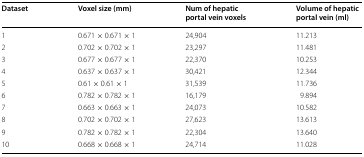
<table><thead><tr><td><b>Dataset</b></td><td><b>Voxel size (mm)</b></td><td><b>Num of hepatic portal vein voxels</b></td><td><b>Volume of hepatic portal vein (ml)</b></td></tr></thead><tbody><tr><td>1</td><td>0.671 × 0.671 × 1</td><td>24,904</td><td>11.213</td></tr><tr><td>2</td><td>0.702 × 0.702 × 1</td><td>23,297</td><td>11.481</td></tr><tr><td>3</td><td>0.677 × 0.677 × 1</td><td>22,370</td><td>10.253</td></tr><tr><td>4</td><td>0.637 × 0.637 × 1</td><td>30,421</td><td>12.344</td></tr><tr><td>5</td><td>0.61 × 0.61 × 1</td><td>31,539</td><td>11.736</td></tr><tr><td>6</td><td>0.782 × 0.782 × 1</td><td>16,179</td><td>9.894</td></tr><tr><td>7</td><td>0.663 × 0.663 × 1</td><td>24,073</td><td>10.582</td></tr><tr><td>8</td><td>0.702 × 0.702 × 1</td><td>27,623</td><td>13.613</td></tr><tr><td>9</td><td>0.782 × 0.782 × 1</td><td>22,304</td><td>13.640</td></tr><tr><td>10</td><td>0.668 × 0.668 × 1</td><td>24,714</td><td>11.028</td></tr></tbody></table>